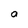
Character: a